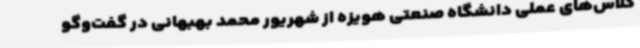
کلاس‌های عملی دانشگاه صنعتی هویزه از شهریور محمد بهبهانی در گفت‌وگو